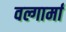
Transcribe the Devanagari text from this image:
वल्गार्मा